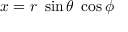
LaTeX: x = r ~ \sin \theta ~ \cos \phi